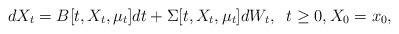
LaTeX: \begin{align*}dX_t = B[t,X_t, \mu_t]dt + \Sigma[t,X_t, \mu_t]dW_t, \;\; t\ge 0, X_0=x_0,\end{align*}